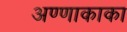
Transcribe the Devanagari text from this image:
अण्णाकाका